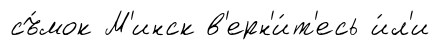
съ́мок М'инск в'ерн'и́т'есь и́л'и